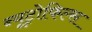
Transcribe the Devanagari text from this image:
न्यूट्रोफिल्स